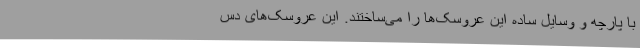
با پارچه و وسایل ساده این عروسک‌ها را می‌ساختند. این عروسک‌های دس